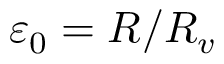
{ \varepsilon } _ { 0 } = R / R _ { v }